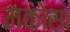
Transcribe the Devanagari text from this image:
मकोसा